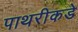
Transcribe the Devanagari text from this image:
पाथरीकडे